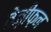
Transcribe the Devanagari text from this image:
तेज़ीफ़न